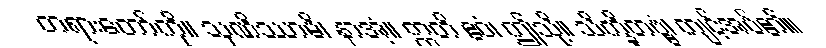
တရားတော်ကို။ သုဏိဿာမိ၊ နာအံ့။ ဣတိ ဧဝံ၊ ဤသို့။ သိက္ခိတဗ္ဗံ၊ ကျင့်အပ်၏။